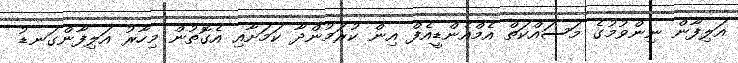
އަލިފާން ނިންވުމުގެ މަސައްކަތް އެމްއެންޑީއެފް އިން ކުރަމުންދާ ކަމަށާއި އެގޮތުން މިހާރު އަލިފާންގަނޑު